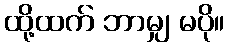
ထို့ထက် ဘာမျှ မပို။